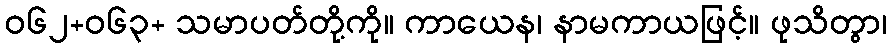
ဝ၆၂+၀၆၃+ သမာပတ်တို့ကို။ ကာယေန၊ နာမကာယဖြင့်။ ဖုသိတွာ၊